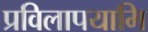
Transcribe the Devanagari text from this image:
प्रविलापयामि